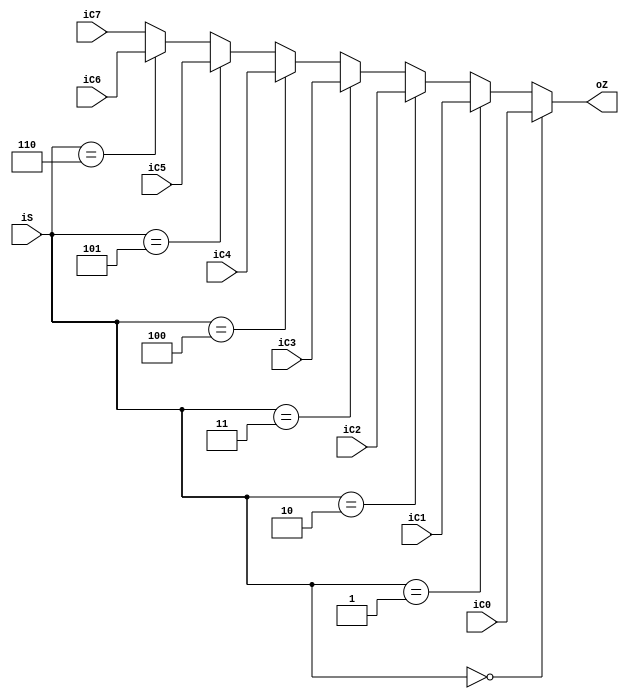
module selector81(
    input [31:0] iC0,
    input [31:0] iC1,
    input [31:0] iC2,
    input [31:0] iC3,
    input [31:0] iC4,
    input [31:0] iC5,
    input [31:0] iC6,
    input [31:0] iC7,
    input [2:0]iS,
    output [31:0] oZ
    );
    //00>0;01>1;10>2;11>3
    assign oZ=(iS==3'b000 ) ? iC0 :
            ((  iS==3'b001  ) ? iC1 :
            ((  iS==3'b010  ) ? iC2 :
            ((  iS==3'b011  ) ? iC3 :
            ((  iS==3'b100  ) ? iC4 :
            ((  iS==3'b101  ) ? iC5 :
            ((  iS==3'b110  ) ? iC6 : iC7))))));   
endmodule


module selector41(
    input [31:0] iC0,
    input [31:0] iC1,
    input [31:0] iC2,
    input [31:0] iC3,
    input [1:0]iS,
    output [31:0] oZ
    );
    //00>0;01>1;10>2;11>3
    assign oZ=(iS==2'b00 ) ? iC0 :
            ((  iS==2'b01  ) ? iC1 :
            ((  iS==2'b10  ) ? iC2 : iC3));       
endmodule

module selector21(
    input [31:0] iC0,
    input [31:0] iC1,
    input iS,
    output [31:0] oZ
    );
    assign oZ=iS ? iC1 : iC0;       
endmodule

module selector_rdc(
    input [4:0] iC0,
    input [4:0] iC1,
 // input [4:0] iC2,
 // input [4:0] iC3,

    input [1:0]iS,
    output [4:0] oZ
    );
    //00>0;01>1;10>2;11>3
    assign oZ=(iS==2'b00 ) ? iC0 :
            ((  iS==2'b01  ) ? iC1 :
            ((  iS==2'b10  ) ? 5'h1f :iC0 ));       
endmodule